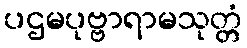
ပဌမပုဗ္ဗာရာမသုတ္တံ